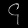
Digit: ၄